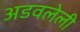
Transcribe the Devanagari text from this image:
अडवलेली